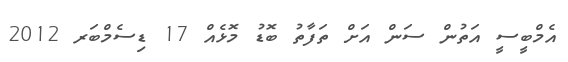
އެމްބީސީ އަތުން ސަން އަށް ތަފާތު ބޮޑު މޮޅެއް 17 ޑިސެމްބަރ 2012